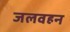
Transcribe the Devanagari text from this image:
जलवहन